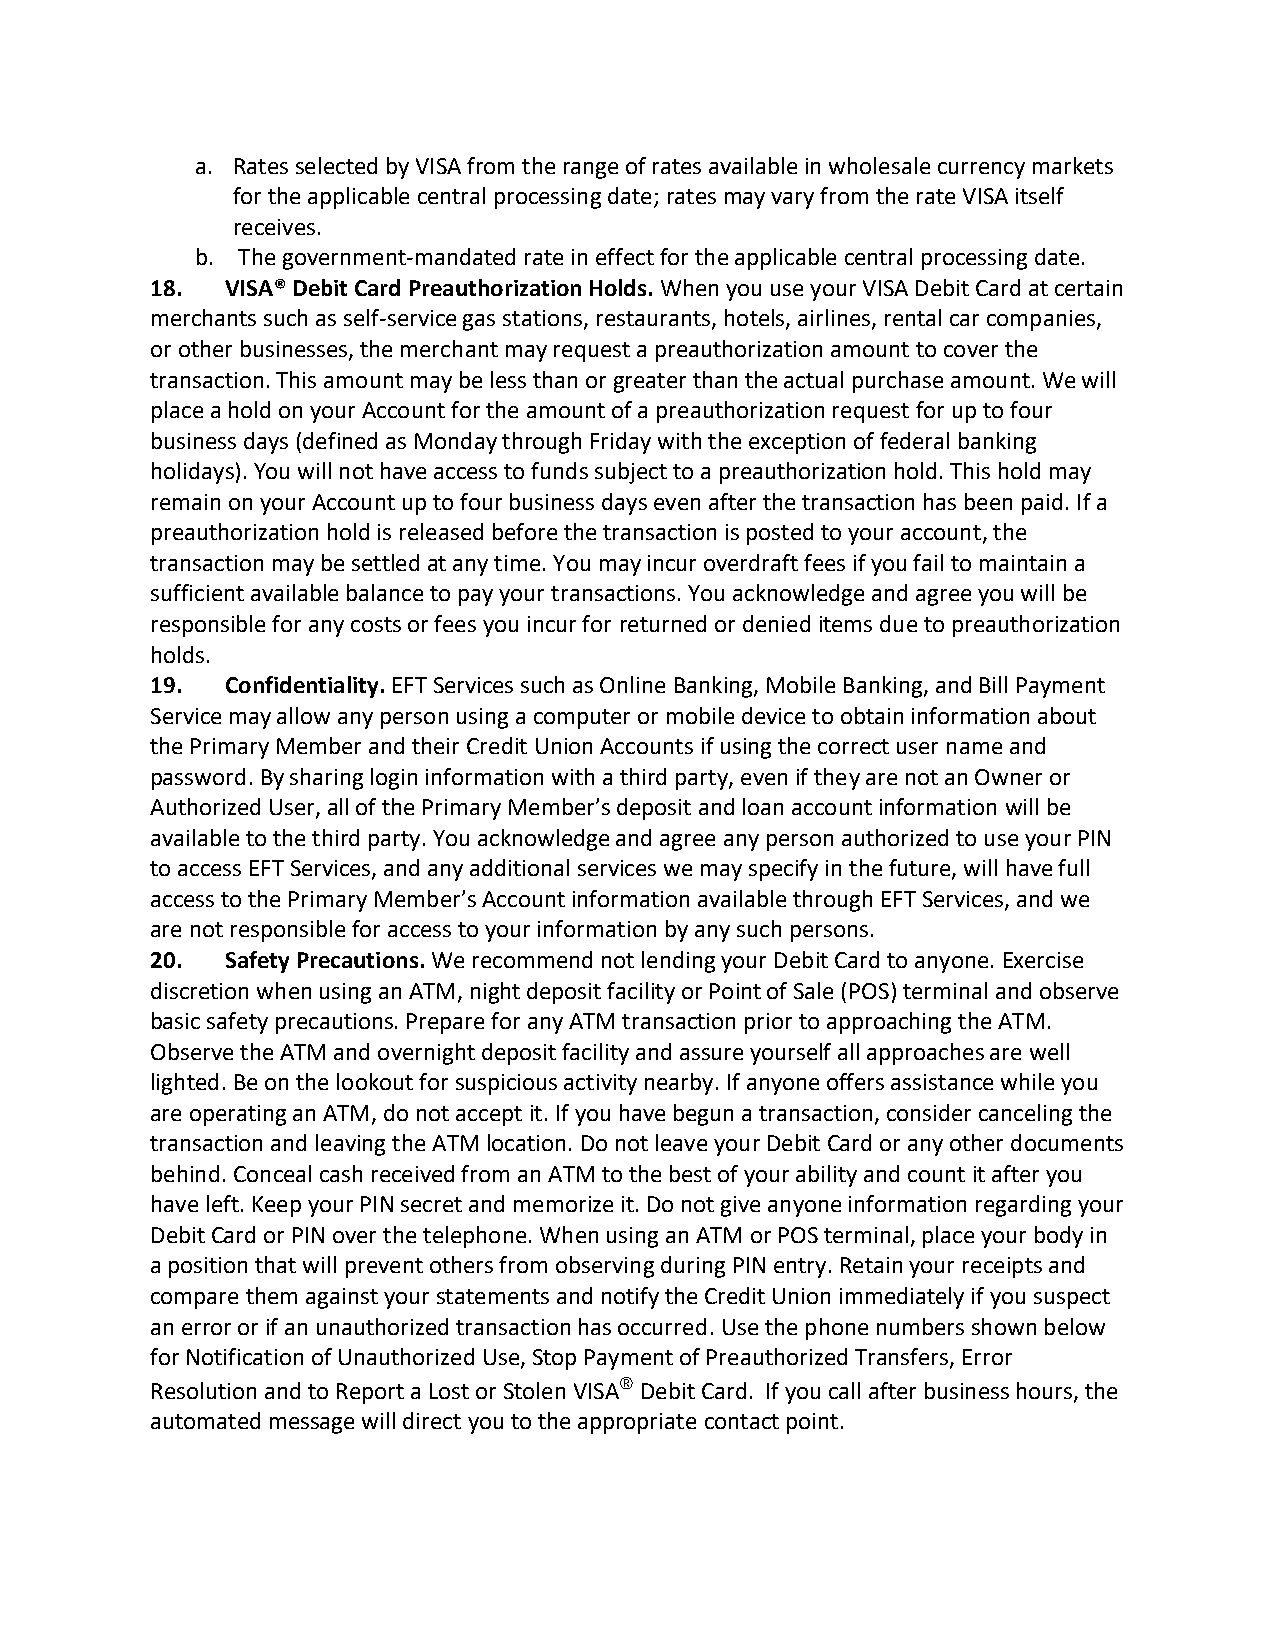
a. Rates selected by VISA from the range of rates available in wholesale currency markets
 for the applicable central processing date; rates may vary from the rate VISA itself
 receives.
 b. The government-mandated rate in effect for the applicable central processing date.
 18.  VISA® Debit Card Preauthorization Holds. When you use your VISA Debit Card at certain
 merchants such as self-service gas stations, restaurants, hotels, airlines, rental car companies,
 or other businesses, the merchant may request a preauthorization amount to cover the
 transaction. This amount may be less than or greater than the actual purchase amount. We will
 place a hold on your Account for the amount of a preauthorization request for up to four
 business days (defined as Monday through Friday with the exception of federal banking
 holidays). You will not have access to funds subject to a preauthorization hold. This hold may
 remain on your Account up to four business days even after the transaction has been paid. If a
 preauthorization hold is released before the transaction is posted to your account, the
 transaction may be settled at any time. You may incur overdraft fees if you fail to maintain a
 sufficient available balance to pay your transactions. You acknowledge and agree you will be
 responsible for any costs or fees you incur for returned or denied items due to preauthorization
 holds.
 19.  Confidentiality. EFT Services such as Online Banking, Mobile Banking, and Bill Payment
 Service may allow any person using a computer or mobile device to obtain information about
 the Primary Member and their Credit Union Accounts if using the correct user name and
 password. By sharing login information with a third party, even if they are not an Owner or
 Authorized User, all of the Primary Member’s deposit and loan account information will be
 available to the third party. You acknowledge and agree any person authorized to use your PIN
 to access EFT Services, and any additional services we may specify in the future, will have full
 access to the Primary Member’s Account information available through EFT Services, and we
 are not responsible for access to your information by any such persons.
 20.  Safety Precautions. We recommend not lending your Debit Card to anyone. Exercise
 discretion when using an ATM, night deposit facility or Point of Sale (POS) terminal and observe
 basic safety precautions. Prepare for any ATM transaction prior to approaching the ATM.
 Observe the ATM and overnight deposit facility and assure yourself all approaches are well
 lighted. Be on the lookout for suspicious activity nearby. If anyone offers assistance while you
 are operating an ATM, do not accept it. If you have begun a transaction, consider canceling the
 transaction and leaving the ATM location. Do not leave your Debit Card or any other documents
 behind. Conceal cash received from an ATM to the best of your ability and count it after you
 have left. Keep your PIN secret and memorize it. Do not give anyone information regarding your
 Debit Card or PIN over the telephone. When using an ATM or POS terminal, place your body in
 a position that will prevent others from observing during PIN entry. Retain your receipts and
 compare them against your statements and notify the Credit Union immediately if you suspect
 an error or if an unauthorized transaction has occurred. Use the phone numbers shown below
 for Notification of Unauthorized Use, Stop Payment of Preauthorized Transfers, Error
 Resolution and to Report a Lost or Stolen VISA® Debit Card. If you call after business hours, the
 automated message will direct you to the appropriate contact point.